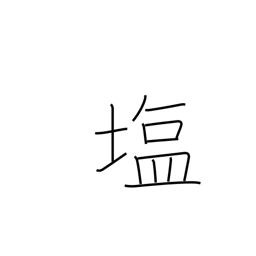
Meaning: salt